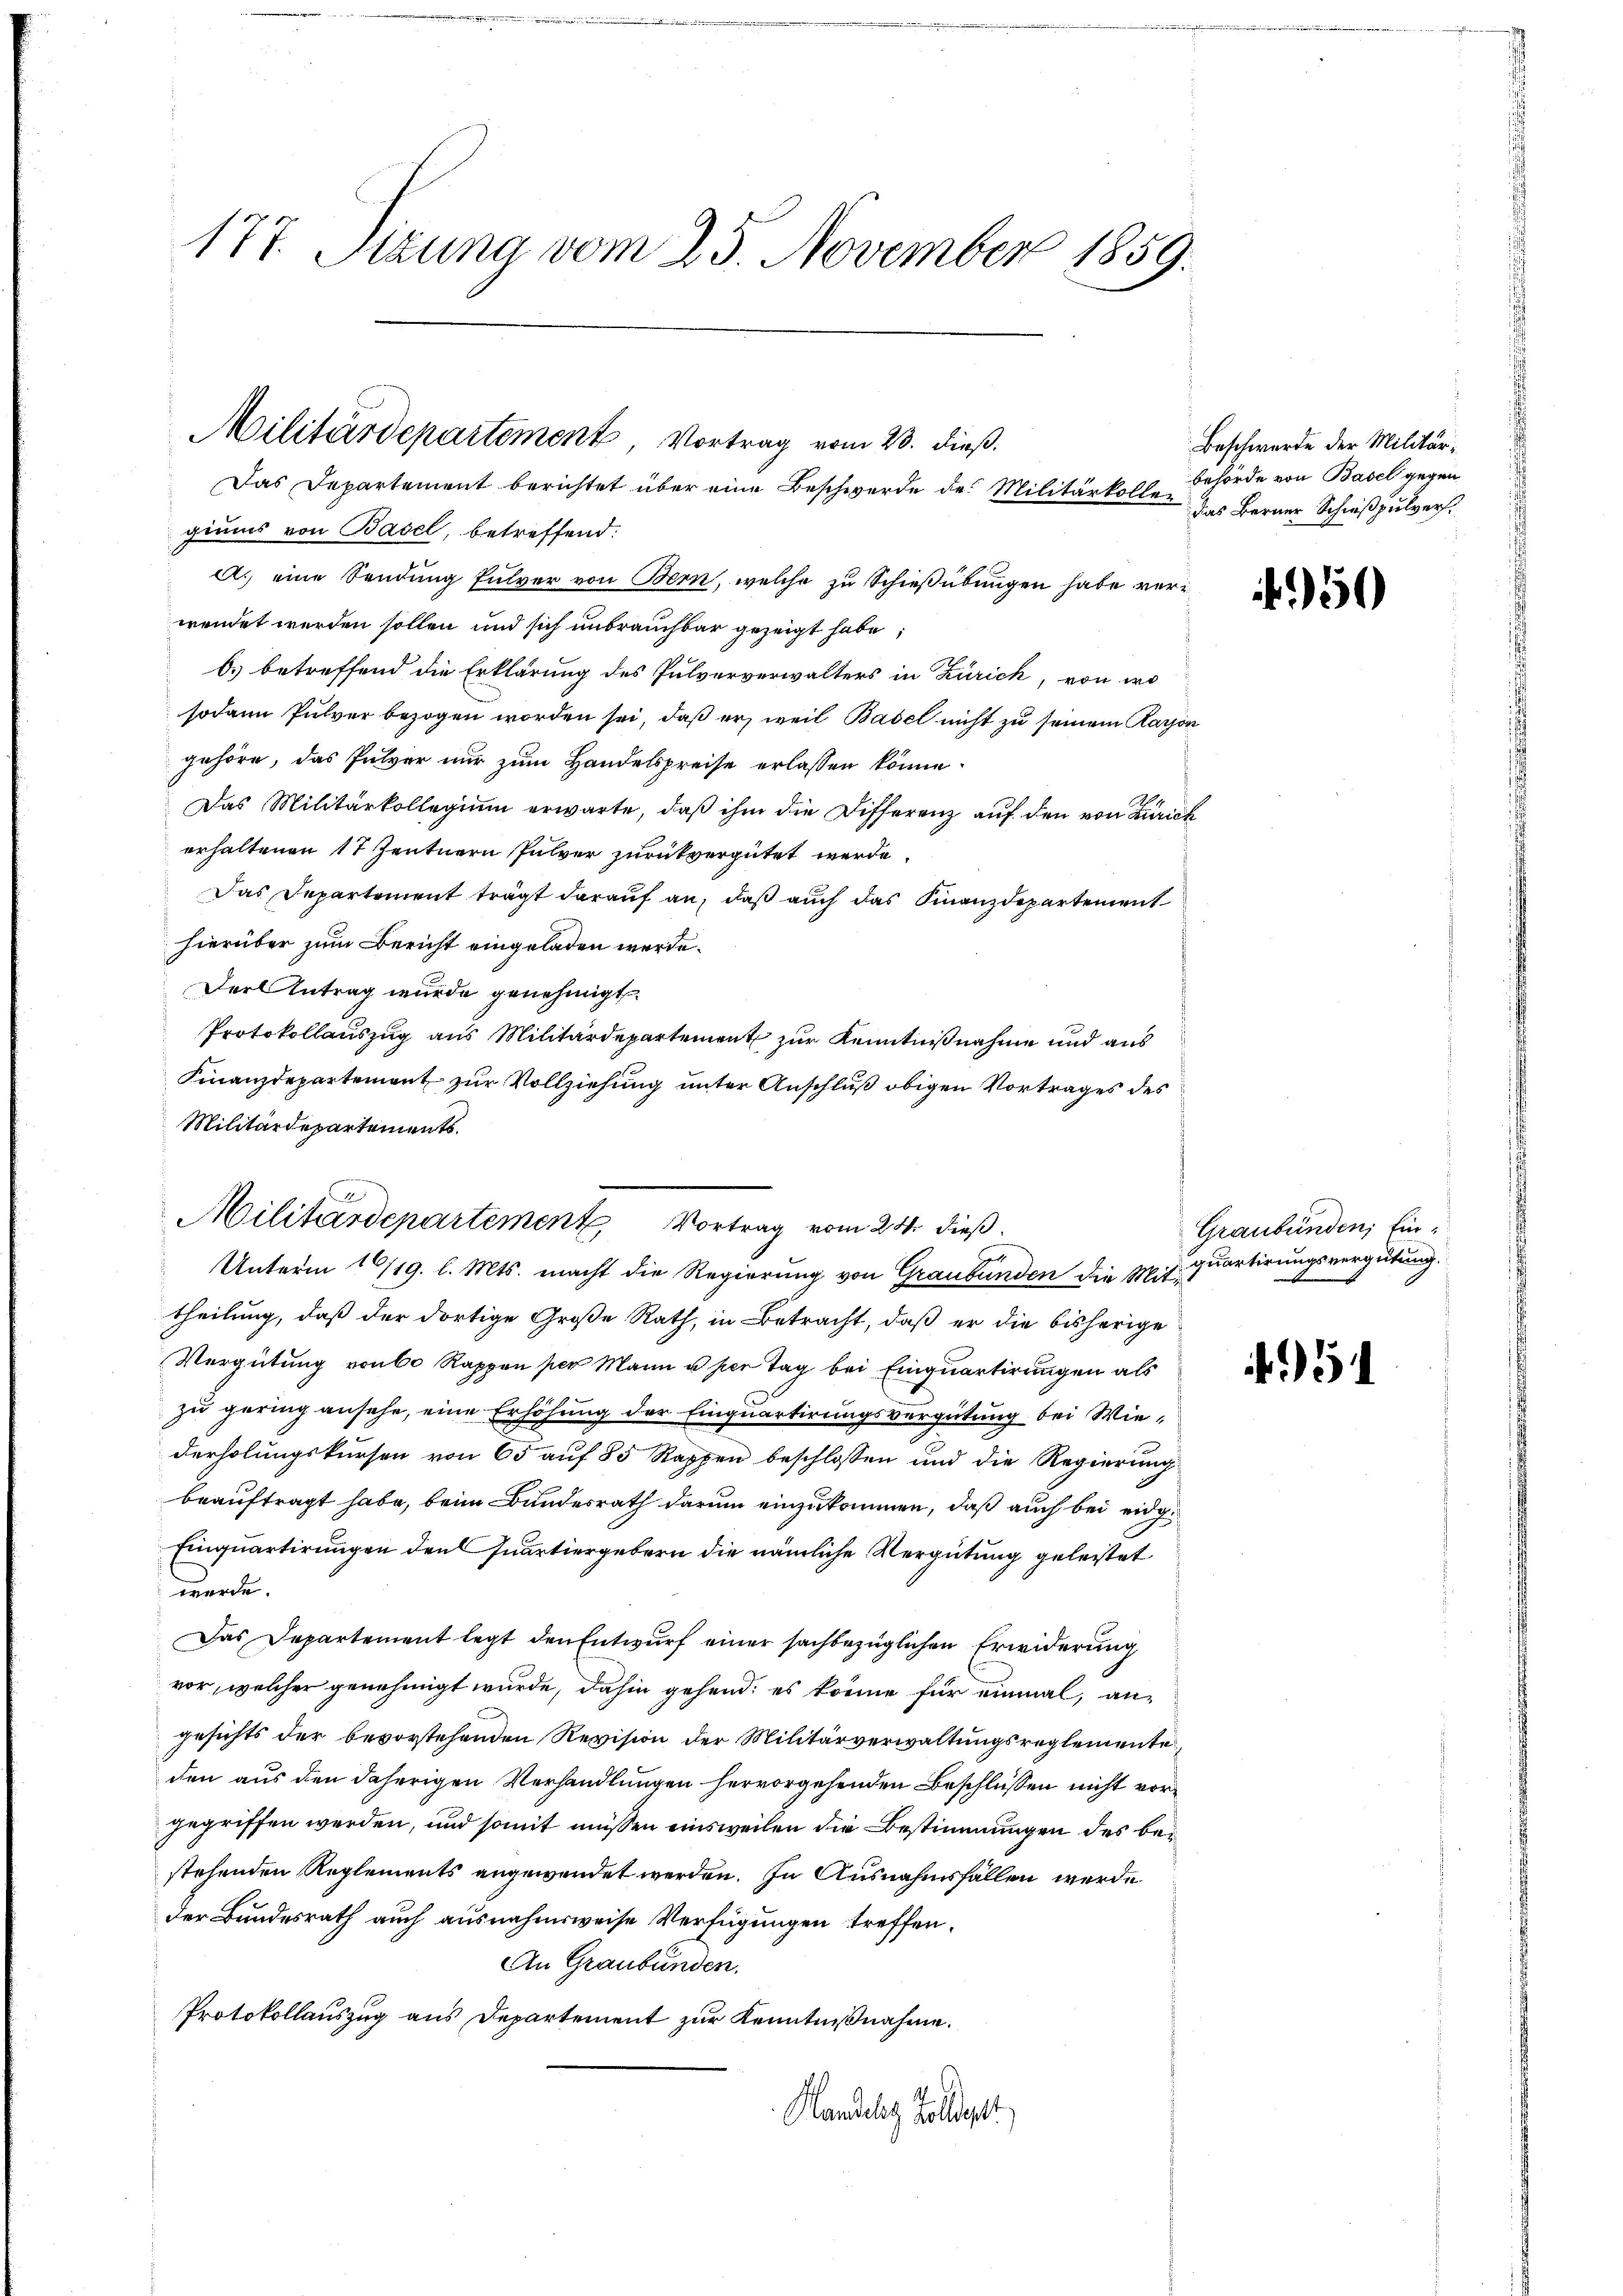
177. Sizung vom 25. November 1859.

Militärdepartement Vortrag vom 23. dieß.
Das Departement berichtet über eine Beschwerde des Militärkollen

giums von Basel, betreffend:
A. eine Sendung Pulver von Bern, welche zu Schießübungen habe verwendet werden sollen und sich unbrauchbar gezeigt habe,
b. betreffend die Erklärung des Pulververwalters in Zürich, von wo
sodann Pulver bezogen worden sei, daß er, weil Basel nicht zu seinem Karpogehöre, das Pulver nur zum Handelspreise erlassen könne.
Das Militärkollegium erwarte, daß ihm die Differenz auf den von Zürich
erhaltenen 17 Zentnern Pulver zurückvergütet werde.
Das Departement trägt darauf an, daß auch das Finanzdepartement
hierüber zum Bericht eingeladen werde.
Der Antrag wurde genehmigt.
Protokollauszug aus Militärdepartement zur Kenntnißnahme und aus
Finanzdepartement zur Vollziehung unter Anschluß obigen Vortrages des
Militärdepartements.
Unterm 16/19. l. Mts. macht die Regierung von Graubünden die Mit quartirungsvergütung.
theilung, daß der dortige Große Rath, in Betracht, daß er die bisherige
Vergütung von 60 Rappen per Mann u per Tag bei Einquartirungen als
zu gering ansehe, eine Erhöhung der Einquartirungsvergütung bei Wiederholungskursen von 65 auf 85 Rappen beschlossen und die Regierung
beauftragt habe, beim Bundesrath darum einzukommen, daß auch bei eidg.
Einquartirungen den Quartiergebern die nämliche Vergütung geleistet
werde.
Das Departement legt den Entwurf einer sachbezüglichen Erwiderung
vor, welcher genehmigt wurde, dahin gehend; es könne für einmal, angesichts der bevorstehenden Revision der Militärverwaltungsreglemente
den aus den daherigen Verhandlungen hervorgehenden Beschlüssen nicht vorgegriffen werden, und somit müssen einsweilen die Bestimmungen des bestehenden Reglements angewendet werden. In Ausnahmsfällen werde
der Bundesrath auch ausnahmsweise Verfügungen treffen.
An Graubünden.
Protokollauszug aus Departement zur Kenntnißnahme.
Handelaz Goldeg

Militärdepartement Vortrag vom 24. dieß.

Beschwerde der Militärbehörde von Basel gegen
das Berner Schießpulver.

)50

Graubünden, Ein¬

5